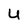
Character: U